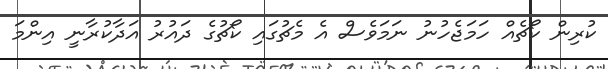
ކުރިން ކޯޗެއް ހަމަޖެހުނު ނަމަވެސް އެ މެޗުގައި ކޯޗުގެ ދައުރު އަދާކުރާނީ އިންމަ